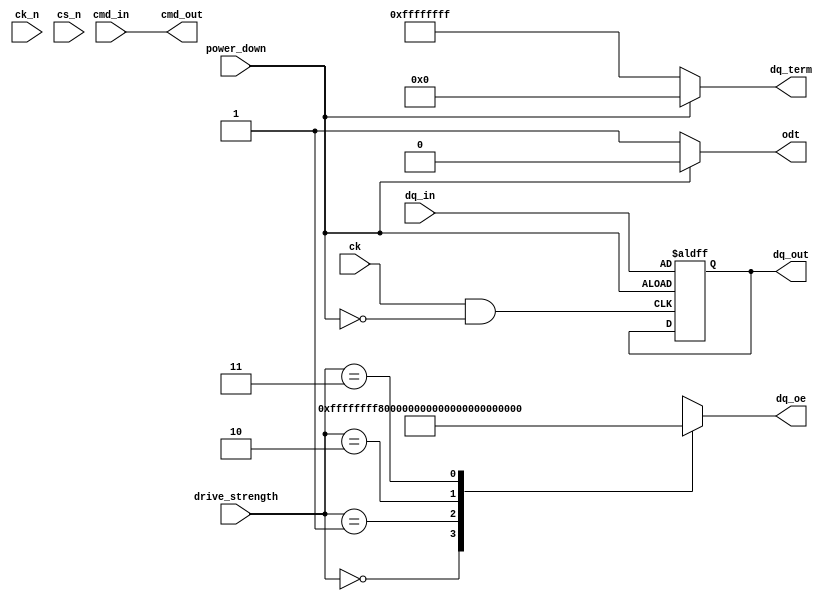
module lpddr5_io_block (
    input wire [31:0] dq_in,           // Data input (differential pairs)
    output wire [31:0] dq_out,         // Data output (differential pairs)
    input wire cmd_in,                  // Command input (single-ended)
    output wire cmd_out,                // Command output (single-ended)
    input wire ck,                      // Clock input (single-ended)
    input wire ck_n,                    // Inverted clock input (single-ended)
    input wire cs_n,                    // Chip select (single-ended)
    input wire power_down,              // Power down control
    input wire [1:0] drive_strength,    // Drive strength configuration
    output wire odt,                    // On-die termination control
    output wire [31:0] dq_oe,           // Output enable for data lines
    output wire [31:0] dq_term           // Termination control for data lines
);

// Internal signals
wire [31:0] dq_data;                  // Internal data bus
wire clk_gated;                       // Gated clock signal
reg [31:0] dq_out_reg;                // Registered output data

// Clock Management: Gating and Distribution
assign clk_gated = ck & ~power_down; // Simple clock gating example

// Data Lane Configuration: DDR Output
always @(posedge clk_gated or negedge power_down) begin
    if (!power_down) begin
        dq_out_reg <= dq_in;          // Capture input data on rising edge
    end
end

assign dq_out = dq_out_reg;           // Output data

// Command and Control Signals
assign cmd_out = cmd_in;              // Directly pass command input to output
assign odt = (power_down) ? 1'b0 : 1'b1; // Control ODT based on power state

// Drive Strength Configuration (simplified)
always @(*) begin
    case (drive_strength)
        2'b00: dq_oe = 32'hFFFFFFFF; // Full drive strength
        2'b01: dq_oe = 32'h7FFFFFFF; // Reduced drive strength
        2'b10: dq_oe = 32'h3FFFFFFF; // Further reduced drive strength
        2'b11: dq_oe = 32'h00000000; // High impedance
        default: dq_oe = 32'hFFFFFFFF; // Default to full drive
    endcase
end

// Termination Control (simplified)
assign dq_term = (power_down) ? 32'h00000000 : 32'hFFFFFFFF; // Enable termination when not powered down

// Additional features like BIST, PLL, and configuration interface can be added here

endmodule